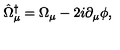
\hat { \Omega } _ { \mu } ^ { \dagger } = \Omega _ { \mu } - 2 i \partial _ { \mu } \phi ,